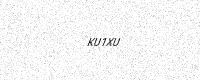
Text: KU1XU